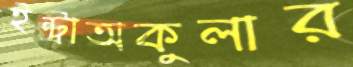
ইন্ট্রাঅকুলার